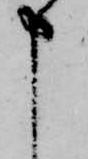
申